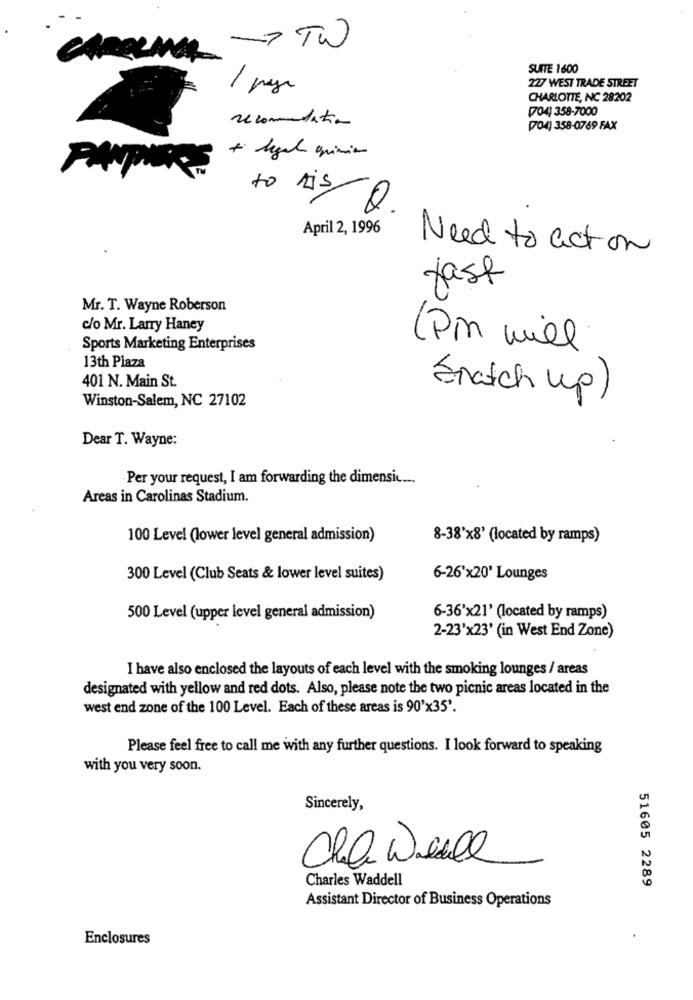
>TW
SUITE 1600
227 WEST TRADE STREET
CHARLOTTE, NC 28202
(704) 358-7000
recommendation
[704) 358-0769 FAX
+ legale quimin
to hisQ.
April 2, 1996
Need to action
fast
Mr. T. Wayne Roberson
c/o Mr. Larry Haney
Sports Marketing Enterprises
(Pin will
13th Plaza
401 N. Main St.
Winston-Salem, NC 27102
Snatch up)
Dear T. Wayne:
Per your request, I am forwarding the dimensi ...
Areas in Carolinas Stadium.
100 Level (lower level general admission)
8-38'x8' (located by ramps)
300 Level (Club Seats & lower level suites)
6-26'x20' Lounges
500 Level (upper level general admission)
6-36'x21' (located by ramps)
2-23'x23' (in West End Zone)
I have also enclosed the layouts of each level with the smoking lounges / areas
designated with yellow and red dots. Also, please note the two picnic areas located in the
west end zone of the 100 Level. Each of these areas is 90'x35'.
Please feel free to call me with any further questions. I look forward to speaking
with you very soon.
Sincerely,
Che Wiealle
Charles Waddell
51605 2289
Assistant Director of Business Operations
Enclosures